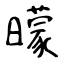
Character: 曚